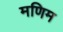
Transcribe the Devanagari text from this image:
मणिम